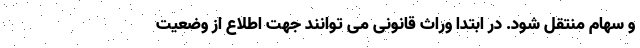
و سهام منتقل شود. در ابتدا وراث قانونی می توانند جهت اطلاع از وضعیت